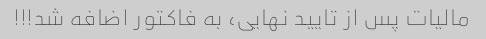
مالیات پس از تایید نهایی، به فاکتور اضافه شد!!!